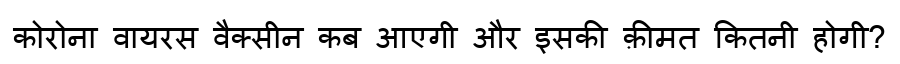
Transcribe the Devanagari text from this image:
कोरोना वायरस वैक्सीन कब आएगी और इसकी क़ीमत कितनी होगी?